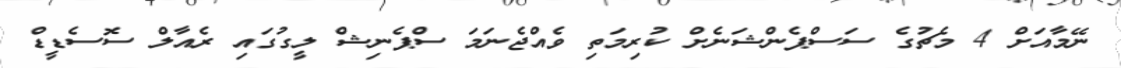
ނޭމާއަށް 4 މެޗުގެ ސަސްޕެންޝަނެށް ކުރިމަތި ވެއްޖެނަމަ ސްޕެނިޝް ލީގުގައި ރެއާލް ސޮސެޑީޑް